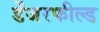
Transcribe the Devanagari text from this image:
डेंजरफील्ड